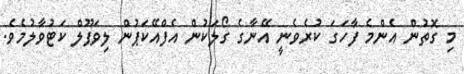
މި ގޮތުން އެންމެ ފާހަގަ ކުރެވެނީ އޭނާގެ ގޯލަކުން އެފްއޭކަޕުން ލިވަޕޫލް ކަޓުވާލުމެވެ.